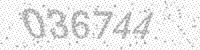
Solution: 036744